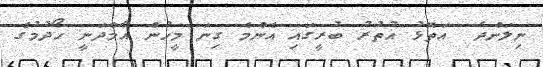
ނިލަންދެ  އަތޮޅު އުތުރު ބުރީގައި އެންމެ ގިނަ މީހުން އާމްދަނީ ހޯދުމުގެ